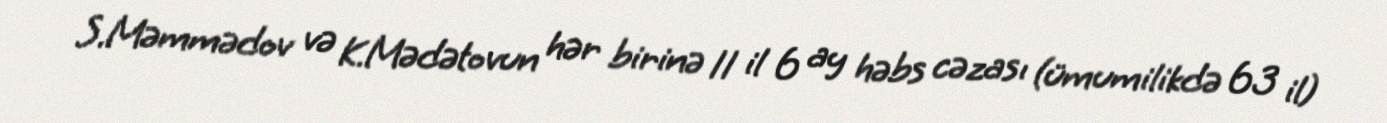
S.Məmmədov və K.Mədətovun hər birinə 11 il 6 ay həbs cəzası (ümumilikdə 63 il)